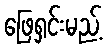
ဖြေရှင်းမည့်